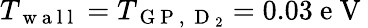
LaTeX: T_{\mathrm{~w~a~l~l~}}=T_{\mathrm{~G~P~,~}\mathrm{~D~}_{2}}=0.03\mathrm{~e~V~}